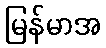
မြန်မာအ